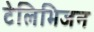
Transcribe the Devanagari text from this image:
टेलिभिजन